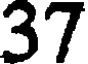
37